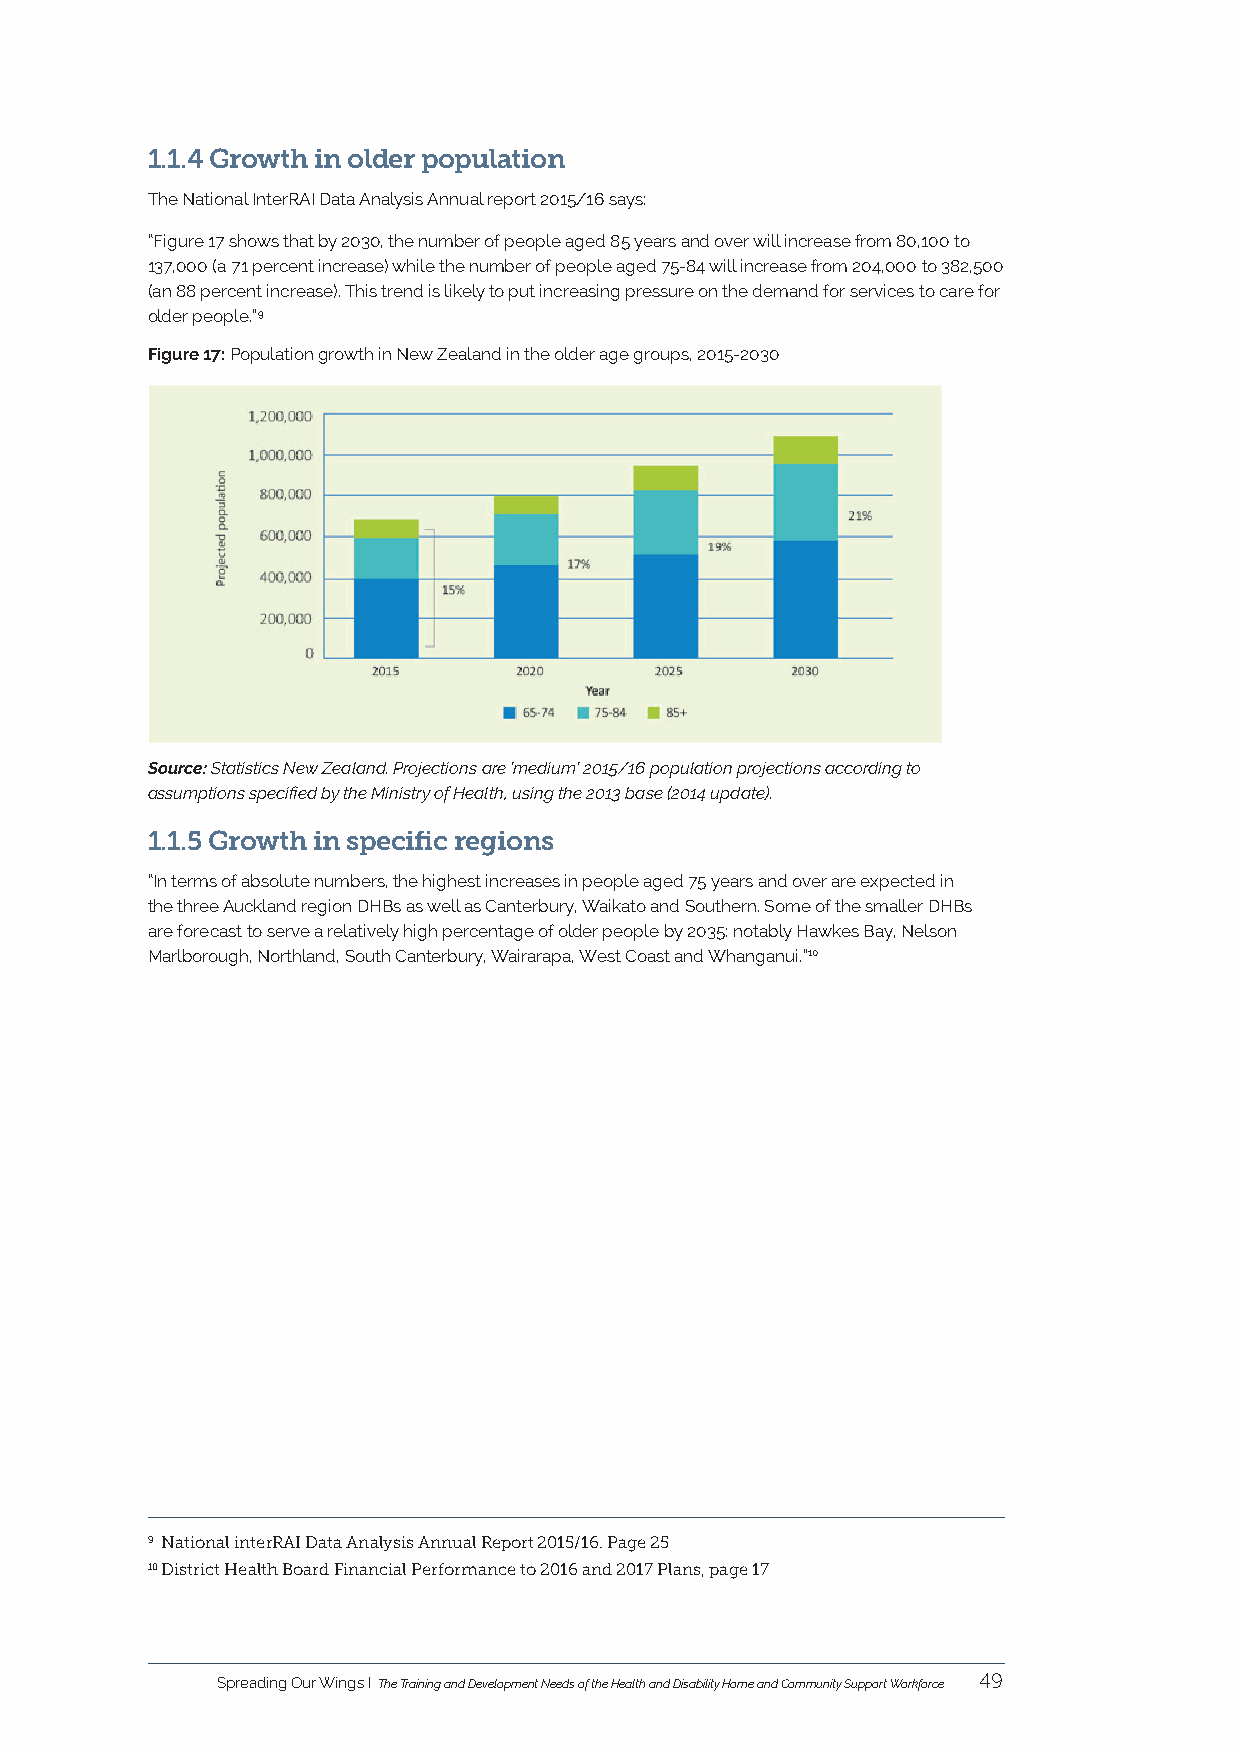
1.1.4 Growth in older population
 The National InterRAI Data Analysis Annual report 2015/16 says:
 “Figure 17 shows that by 2030, the number of people aged 85 years and over will increase from 80,100 to
 137,000 (a 71 percent increase) while the number of people aged 75-84 will increase from 204,000 to 382,500
 (an 88 percent increase). This trend is likely to put increasing pressure on the demand for services to care for
 older people.”9
 Figure 17: Population growth in New Zealand in the older age groups, 2015-2030
 Source: Statistics New Zealand. Projections are ‘medium’ 2015/16 population projections according to
 assumptions specified by the Ministry of Health, using the 2013 base (2014 update).
 1.1.5 Growth in specific regions
 “In terms of absolute numbers, the highest increases in people aged 75 years and over are expected in
 the three Auckland region DHBs as well as Canterbury, Waikato and Southern. Some of the smaller DHBs
 are forecast to serve a relatively high percentage of older people by 2035: notably Hawkes Bay, Nelson
 Marlborough, Northland, South Canterbury, Wairarapa, West Coast and Whanganui.”10
 9 National interRAI Data Analysis Annual Report 2015/16. Page 25
 10 District Health Board Financial Performance to 2016 and 2017 Plans, page 17
 Spreading Our Wings I The Training and Development Needs of the Health and Disability Home and Community Support Workforce 49